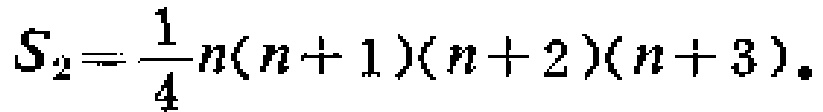
\(S_{2}=\frac{1}{4}n(n + 1)(n + 2)(n + 3).\)